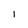
Character: l